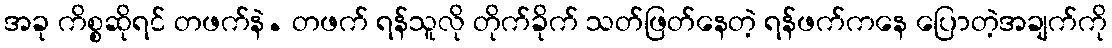
အခု ကိစ္စဆိုရင် တဖက်နဲ. တဖက် ရန်သူလို တိုက်ခိုက် သတ်ဖြတ်နေတဲ့ ရန်ဖက်ကနေ ပြောတဲ့အချက်ကို